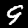
Label: 9